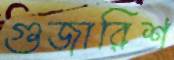
গুজারিশ